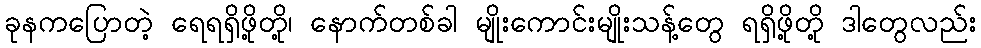
ခုနကပြောတဲ့ ရေရရှိဖို့တို့၊ နောက်တစ်ခါ မျိုးကောင်းမျိုးသန့်တွေ ရရှိဖို့တို့ ဒါတွေလည်း